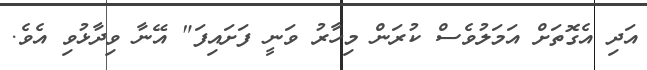
އަދި އެގޮތަށް އަމަލުވެސް ކުރަން މިހާރު ވަނީ ފަށައިފަ" އޭނާ ވިދާޅުވި އެވެ.